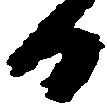
日